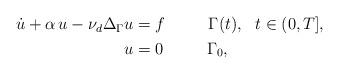
LaTeX: \begin{align*}\begin{aligned}\dot{u} + \alpha\, {u} -{\nu_d}\Delta_{\Gamma} {u}&=f\qquad~~\Gamma(t), ~~t\in (0,T],\\{u}&=0\qquad~~\Gamma_0,\end{aligned}\end{align*}